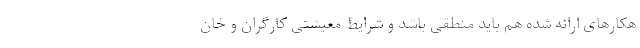
هکارهای ارائه شده هم باید منطقی باشد و شرایط معیشتی کارگران و خان